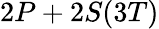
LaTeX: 2P+2S(3T)